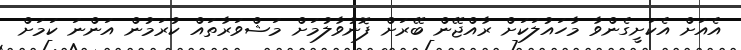
އެއަށް އެކަށީގެންވާ މާހައުލަކަށް ރާއްޖޭން ބޭރަށް ފޮނުވާލުމަށް މަޝްވަރާތައް ކުރަމުން އަންނަ ކަމަށް